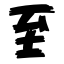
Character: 至